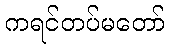
ကရင်တပ်မတော်